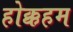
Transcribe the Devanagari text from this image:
होक्कहम